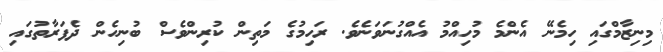
މިނިޒާމްގައި ހިމެނޭ އެންމެ މުހިއްމު އެއްގުނަވަނެވެ. ރަހިމުގެ މަތިން ކުރިންވެސް ބުނިހެން ދެފަރާތުގައި